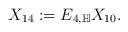
LaTeX: \begin{align*}X_{14}:=E_{4,\mathbb{H}}X_{10}.\end{align*}